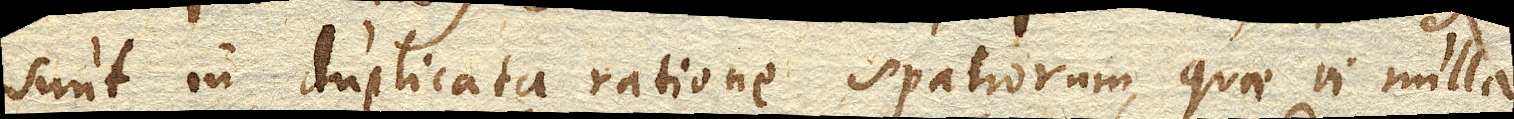
sunt in duplicata ratione spatiorum, quae vi nulla